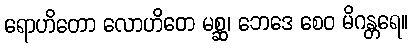
ရောဟိတော လောဟိတေ မစ္ဆ၊ ဘေဒေ စေဝ မိဂန္တရေ။